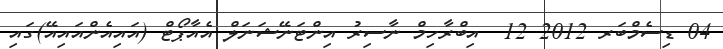
04 ޑިސެމްބަރ 2012 12  އިބްރާހިމް ނާސިރު އިންޓަނޭޝަނަލް އެއާޕޯޓް (އައިއެންއައިއޭ)ގައި